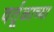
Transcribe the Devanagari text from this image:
वर्तूळाच्या